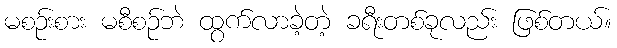
မစဉ်းစား မစီစဉ်ဘဲ ထွက်လာခဲ့တဲ့ ခရီးတစ်ခုလည်း ဖြစ်တယ်။